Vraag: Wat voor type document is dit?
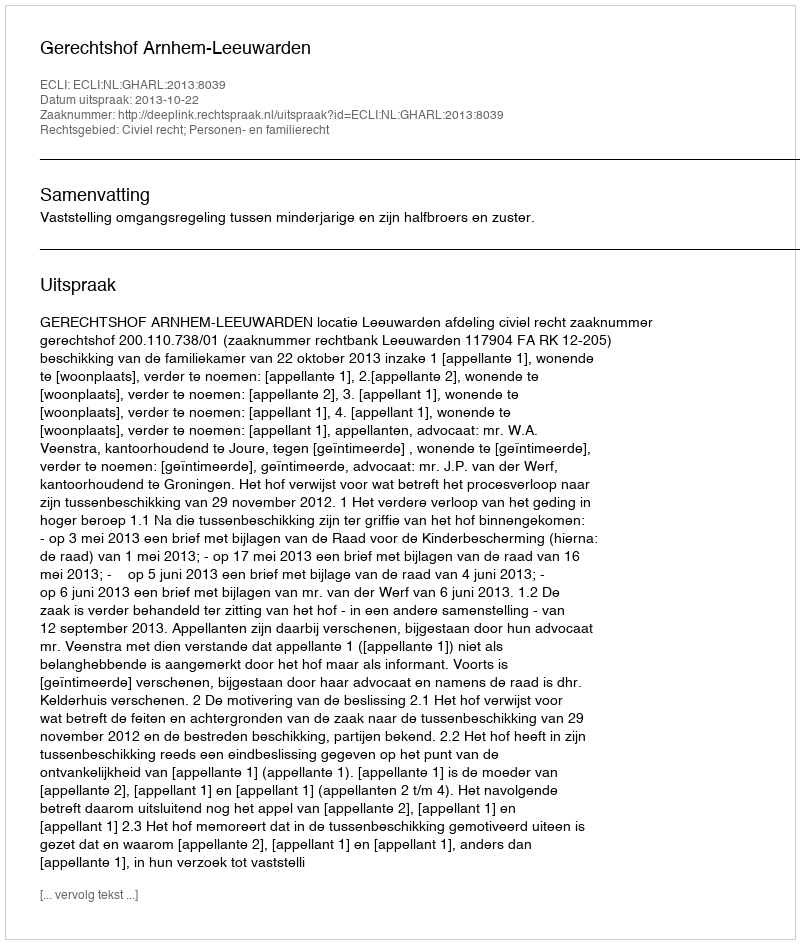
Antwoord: Uitspraak